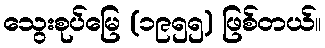
သွေးစုပ်မြေ (၁၉၅၅) ဖြစ်တယ်။